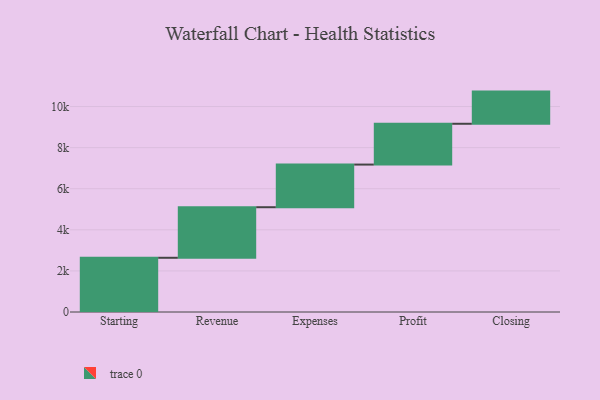
{"axis": {"x": "Step", "y": "Value"}, "legend": [""], "data": [{"x": "Starting", "y": 2639.0, "type": ""}, {"x": "Revenue", "y": 2461.0, "type": ""}, {"x": "Expenses", "y": 2076.0, "type": ""}, {"x": "Profit", "y": 1986.0, "type": ""}, {"x": "Closing", "y": 1566.0, "type": ""}]}